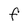
Character: F